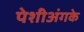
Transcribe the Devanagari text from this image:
पेशीअंगके